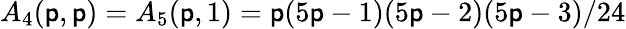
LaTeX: A_{4}(\mathsf{p},\mathsf{p})=A_{5}(\mathsf{p},1)=\mathsf{p}(5\mathsf{p}-1)(5\mathsf{p}-2)(5\mathsf{p}-3)/24